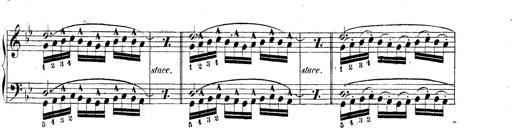
Title: Technische Studien
Composer: Franz Liszt